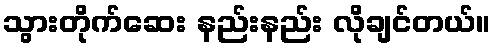
သွားတိုက်ဆေး နည်းနည်း လိုချင်တယ်။